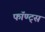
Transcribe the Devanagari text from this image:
फॉण्ट्स